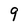
Character: 9